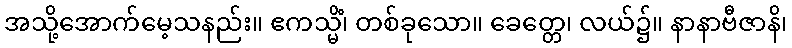
အသို့အောက်မေ့သနည်း။ ဧကသ္မိံ၊ တစ်ခုသော။ ခေတ္တေ၊ လယ်၌။ နာနာဗီဇာနိ၊